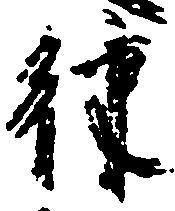
律